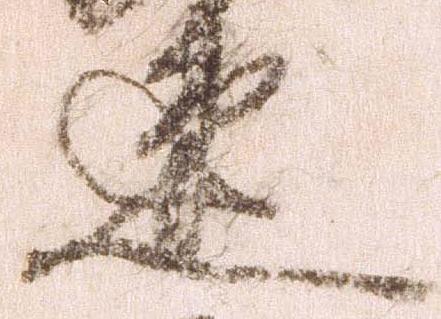
速